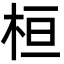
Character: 桓